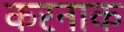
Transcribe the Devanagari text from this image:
करनाक